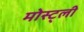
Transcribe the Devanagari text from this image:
मोस्ट्ली